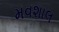
મવશાલ